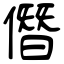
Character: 僭